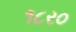
૧૮ર૦